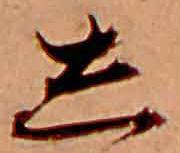
し